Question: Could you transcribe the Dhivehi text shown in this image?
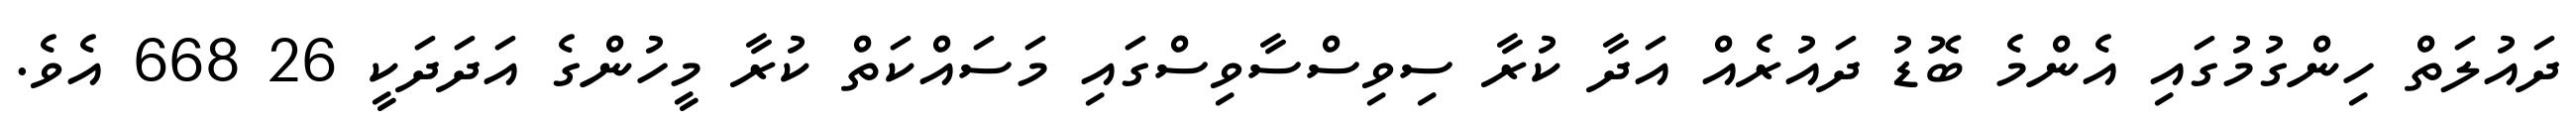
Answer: ދައުލަތް ހިންގުމުގައި އެންމެ ބޮޑު ދައުރެއް އަދާ ކުރާ ސިވިސްސާވިސްގައި މަސައްކަތް ކުރާ މީހުންގެ އަދަދަކީ 26 668 އެވެ.